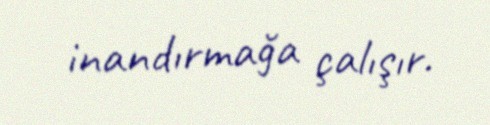
inandırmağa çalışır.